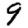
Digit: 9